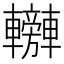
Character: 𨏰